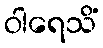
ဝါရေသိံ